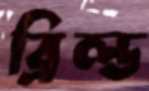
ব্রিল্ড